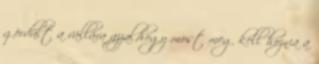
gördült a vállára azzal,hogy most meg kell hoznia a